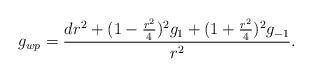
LaTeX: \begin{align*}g_{wp}=\frac{dr^2+(1-\frac{r^2}{4})^2g_{1}+(1+\frac{r^2}{4})^2g_{-1}}{r^2}.\end{align*}